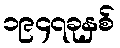
၁၉၄၇ခုနှစ်